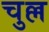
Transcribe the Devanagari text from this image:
चुल्ल